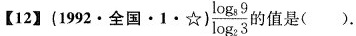
【12】(1992·全国·1·☆)\frac{ \log _{8}9}{ \log _{2}3}的值是()。